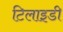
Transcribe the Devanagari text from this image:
टिलाइडी